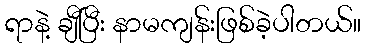
ရာနဲ့ ချီပြီး နာမကျန်းဖြစ်ခဲ့ပါတယ်။